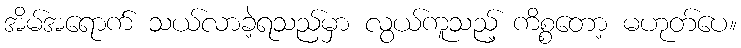
အိမ်အရောက် သယ်လာခဲ့ရသည်မှာ လွယ်ကူသည့် ကိစ္စတော့ မဟုတ်ပေ။